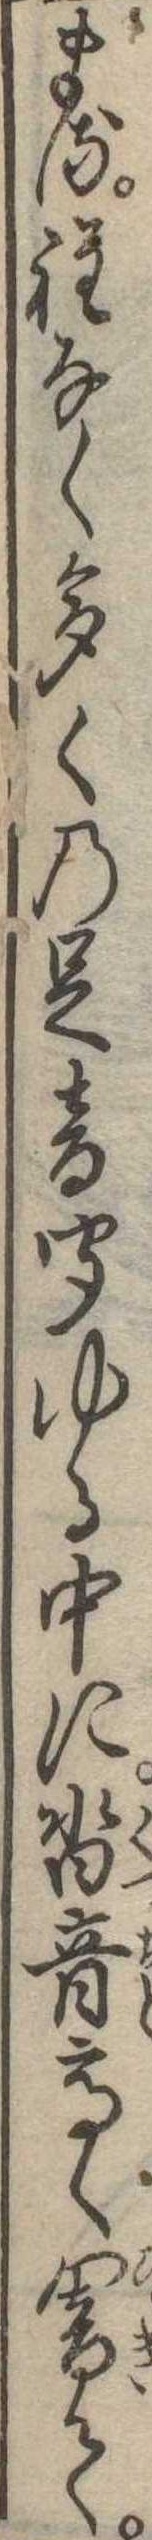
まる程なく多くの足音聞ゆる中に沓音高く響て